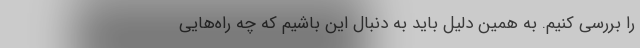
را بررسی کنیم. به همین دلیل باید به دنبال این باشیم که چه راه‌هایی